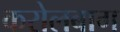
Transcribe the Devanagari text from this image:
करोलबाग